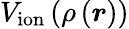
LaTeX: V_{\mathrm{ion}}\left(\rho\left(\boldsymbol{r}\right)\right)